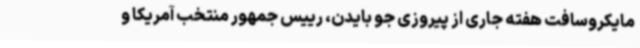
مایکروسافت هفته جاری از پیروزی جو بایدن، رییس جمهور منتخب آمریکا و